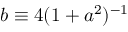
b \equiv 4 ( 1 + a ^ { 2 } ) ^ { - 1 }